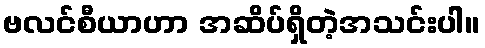
ဗလင်စီယာဟာ အဆိပ်ရှိတဲ့အသင်းပါ။